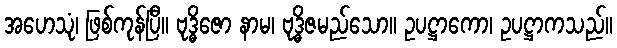
အဟေသုံ၊ ဖြစ်ကုန်ပြီ။ ဗုဒ္ဓိဇော နာမ၊ ဗုဒ္ဓိဇမည်သော။ ဥပဋ္ဌာကော၊ ဥပဋ္ဌာကသည်။